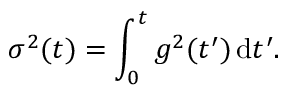
\sigma ^ { 2 } ( t ) = \int _ { 0 } ^ { t } g ^ { 2 } ( t ^ { \prime } ) \, \mathrm { d } t ^ { \prime } .